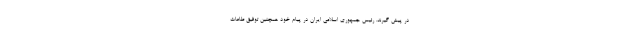
در پیش گیرند. رئیس جمهوری اسلامی ایران در پیام خود همچنین توفیق طاعات